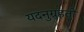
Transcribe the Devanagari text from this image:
यदनुग्रहतो